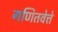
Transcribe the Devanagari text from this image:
गणितवेत्ते